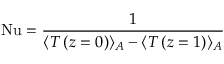
\mathrm { N u } = \frac { 1 } { \langle T \left( z = 0 \right) \rangle _ { A } - \langle T \left( z = 1 \right) \rangle _ { A } }